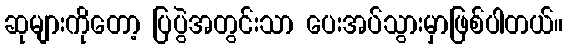
ဆုများကိုတော့ ပြပွဲအတွင်းသာ ပေးအပ်သွားမှာဖြစ်ပါတယ်။